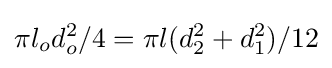
\pi l_{o}d_{o}^{2}/4=\pi l(d_{2}^{2}+d_{1}^{2})/12